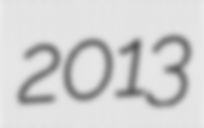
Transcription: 2013